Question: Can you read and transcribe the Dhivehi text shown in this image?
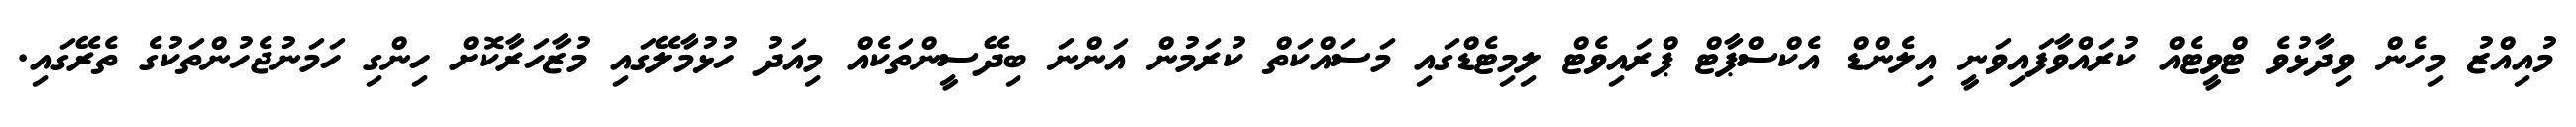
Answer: މުއިއްޒު މިހެން ވިދާޅުވެ ޓްވީޓެއް ކުރައްވާފައިވަނީ އިލެންޑް އެކްސްޕާޓް ޕްރައިވެޓް ލިމިޓެޑްގައި މަސައްކަތް ކުރަމުން އަންނަ ބިދޭސީންތަކެއް މިއަދު ހުޅުމާލޭގައި މުޒާހަރާކޮށް ހިންގި ހަމަނުޖެހުންތަކުގެ ތެރޭގައި.